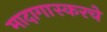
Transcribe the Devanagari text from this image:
मादागास्करचे